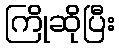
ကြိုဆိုပြီး